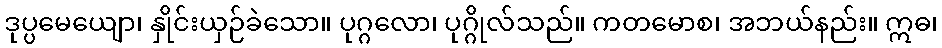
ဒုပ္ပမေယျော၊ နှိုင်းယှဉ်ခဲသော။ ပုဂ္ဂလော၊ ပုဂ္ဂိုလ်သည်။ ကတမောစ၊ အဘယ်နည်း။ ဣဓ၊